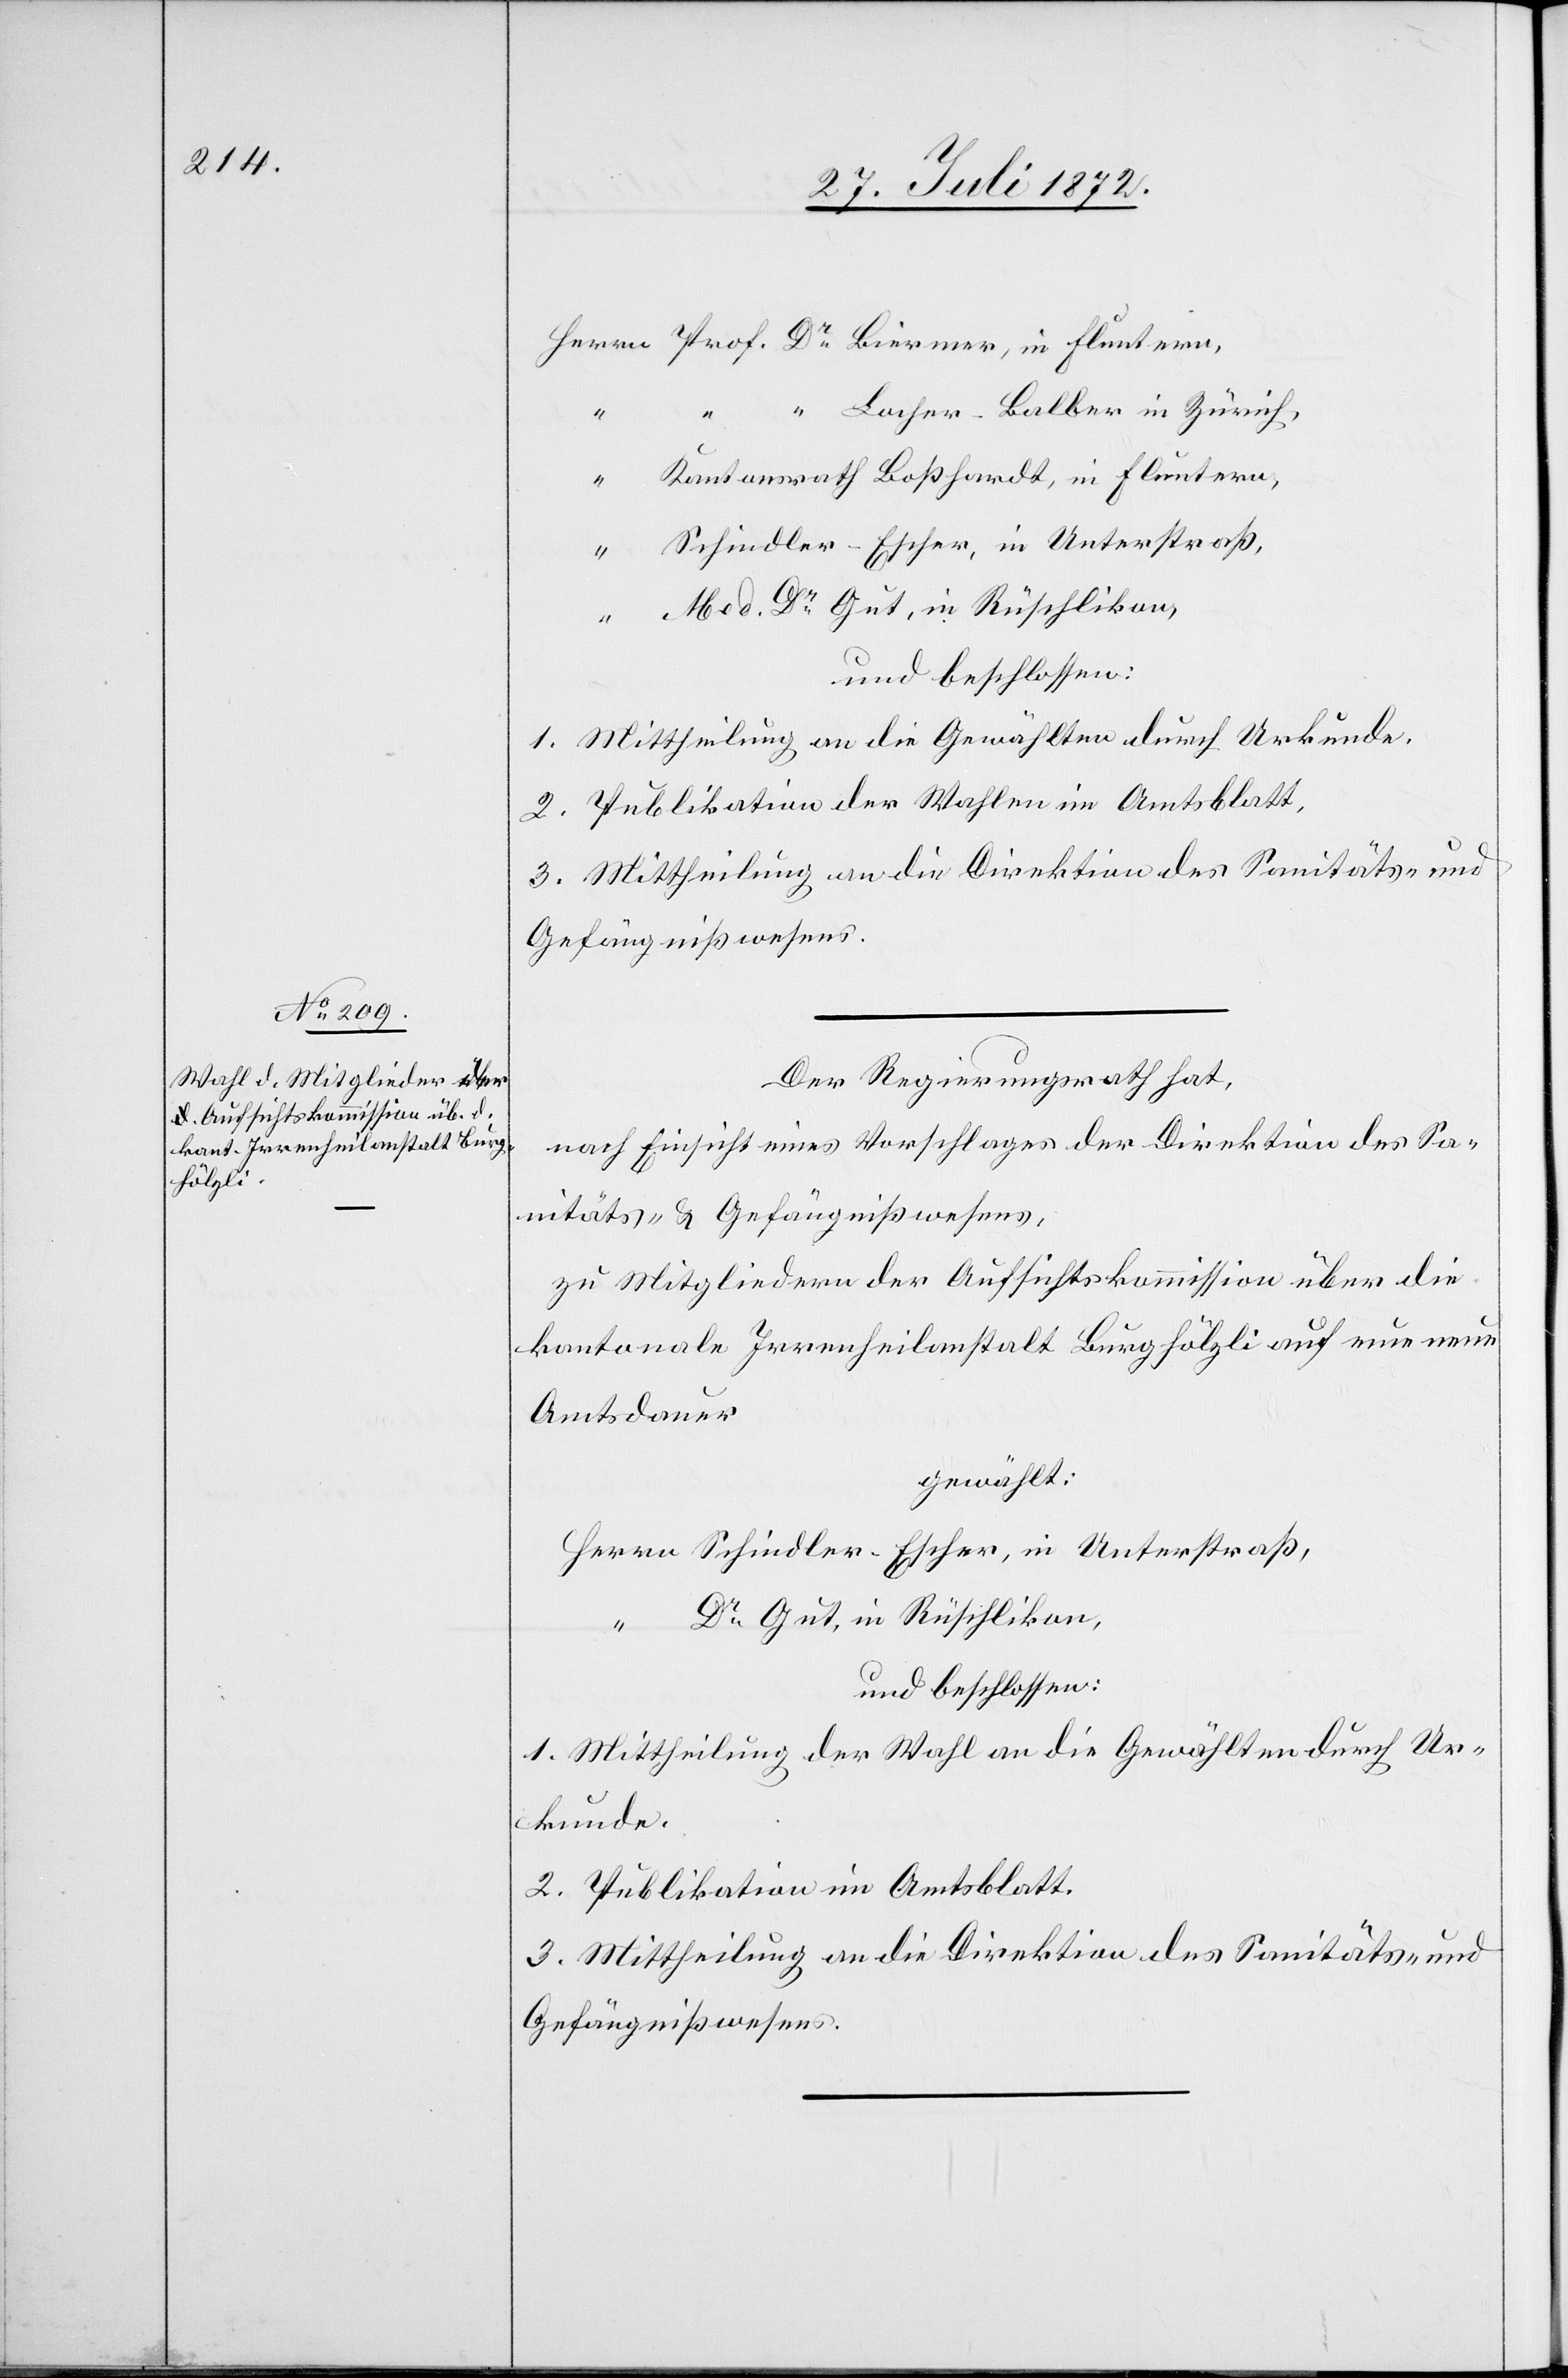
Schindler-Escher, in Unterstraße,
1. Mittheilung an die Gewählten durch Urkunde.
2. Publikation der Wahlen im Amtsblatt.
Der Regierungsrath hat,
nach Einsicht eines Vorschlages der Direktion des Sa¬
nitäts- u. Gefängnißwesens,
zu Mitgliedern der Aufsichtskommission über die
kantonalen Irrenheilanstalt Burghölzli auf eine neue
Amtsdauer
gewählt:
Herrn Schindler-Escher, in Unterstraß,
“ Dr Gut, in Rüschlikon,
und beschlossen:
1. Mittheilung der Wahl an die Gewählten durch Ur¬
kunde.
2. Publikation im Amtsblatt.
3. Mittheilung an die Direktion des Sanitäts- und
Gefängnißwesens.